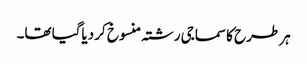
ہر طرح کا سماجی رشتہ منسوخ کر دیاگیا تھا۔